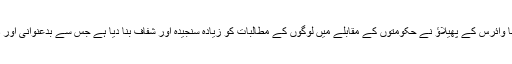
تفرشی کا کہنا ہے کہ ایران اور دنیا میں کرونا وائرس کے پھیلاؤ نے حکومتوں کے مقابلے میں لوگوں کے مطالبات کو زیادہ سنجیدہ اور شفاف بنا دیا ہے جس سے بدعنوانی اور دھڑے بندی کے لئے کوئی گنجائش نہیں ہے۔